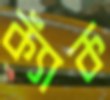
ক্যাঁক